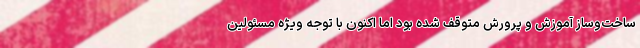
ساخت‌وساز آموزش و پرورش متوقف شده بود اما اکنون با توجه ویژه مسئولین